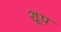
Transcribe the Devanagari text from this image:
शूप